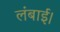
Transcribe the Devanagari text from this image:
लंबाई।